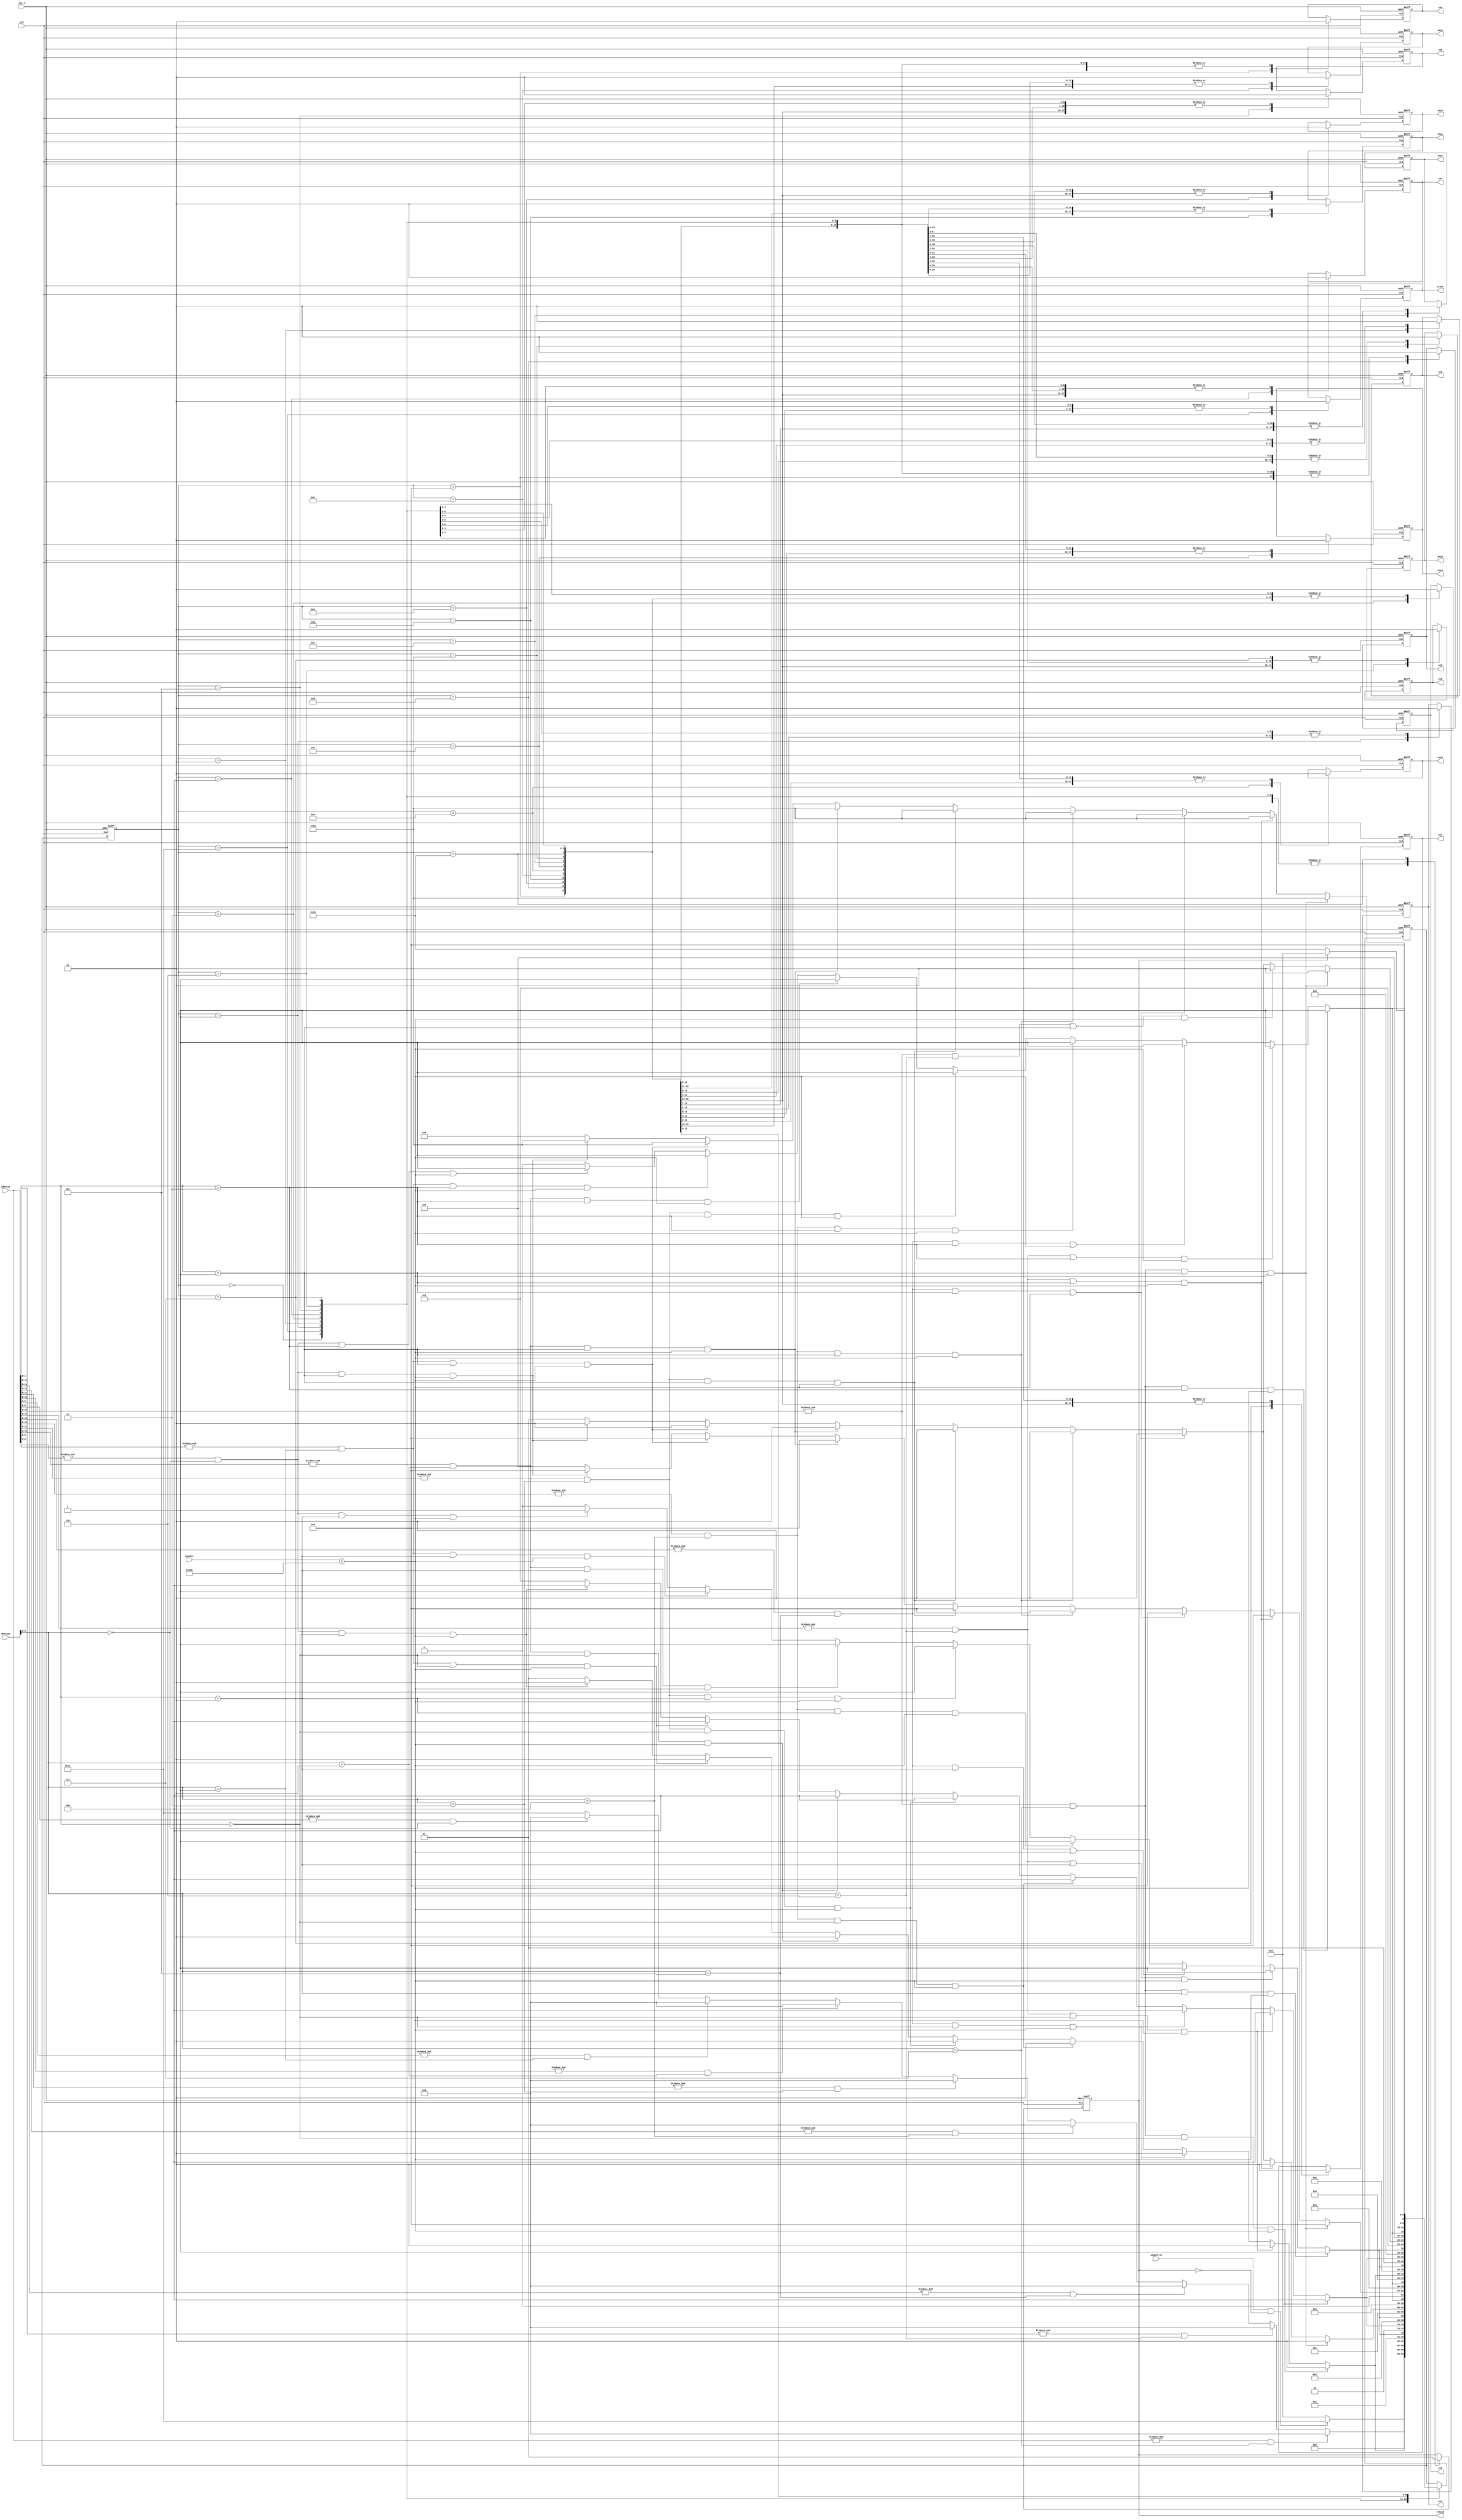
//`timescale 1ns/1ps
module apnpsf_controller (clk,
                          rst_n,
                          apnpsf_en,
                          memtype,
                          address,
                          counter,
                          start,
                          en1,
                          en2,
                          en3,
                          en4,
                          en5,
                          en6,
                          en7,
                          en8,
                          en9,
                          en10,
                          en11,
                          en12,
                          en13,
                          en14,
                          en15,
                          en16,
                          finish);

parameter ADDR_WIDTH = 16; // parameter ADDR_WIDTH_111
parameter ADDR_WIDTH_110 = 15;
parameter ADDR_WIDTH_101 = 14;
parameter ADDR_WIDTH_100 = 13;
parameter ADDR_WIDTH_011 = 12;
parameter ADDR_WIDTH_010 = 11;
parameter ADDR_WIDTH_001 = 10;
parameter ADDR_WIDTH_000 = 9;


input clk;
input rst_n;
input apnpsf_en;

input [ADDR_WIDTH-1:0] address;
input [8:0] counter;
input [4:0] memtype;

output start,
       en1,
       en2,
       en3,
       en4,
       en5,
       en6,
       en7,
       en8,
       en9,
       en10,
       en11,
       en12,
       en13,
       en14,
       en15,
       en16,
       finish;
       
parameter INITIAL = 5'h00;
parameter START = 5'h12;
parameter G1_A1 = 5'h01;
parameter G1_A2 = 5'h02;
parameter G1_B1 = 5'h03;
parameter G1_B2 = 5'h04;
parameter G1_C1 = 5'h05;
parameter G1_C2 = 5'h06;
parameter G1_D1 = 5'h07;
parameter G1_D2 = 5'h08;
parameter G2_A1 = 5'h09;
parameter G2_A2 = 5'h0A;
parameter G2_B1 = 5'h0B;
parameter G2_B2 = 5'h0C;
parameter G2_C1 = 5'h0D;
parameter G2_C2 = 5'h0E;
parameter G2_D1 = 5'h0F;
parameter G2_D2 = 5'h10;
parameter FINISH = 5'h11;

wire clk;
wire rst_n;
wire apnpsf_en;
wire [ADDR_WIDTH-1:0] address;
wire [8:0] counter;
wire [4:0] memtype;

reg [4:0] apnpsf_state;
reg [4:0] next_apnpsf;
reg start, en1, en2, en3, en4, en5, en6, en7, en8, en9, en10, en11, en12, en13, en14, en15, en16, finish;

//APNPSF STATE MACHINE TO CONTROL
always@(posedge clk or negedge rst_n) begin
    if (!rst_n) begin
        apnpsf_state <= INITIAL;
    end
    else begin
        apnpsf_state <= next_apnpsf;
    end
end

//APNPSF STATE MACHINE
always @(posedge clk or negedge rst_n) begin
    if (!rst_n) begin
        next_apnpsf <= INITIAL;
    end
    else begin
    case (apnpsf_state)
   
    INITIAL: begin
        if (apnpsf_en & (~finish)) begin
            next_apnpsf <= START;
        end
        else begin
            next_apnpsf <= INITIAL;
        end
    end

    START: begin
        if ((&address[ADDR_WIDTH-1:0])& (memtype[4:2] ==3'b111)) begin    // begin when 1101
            next_apnpsf <= G1_A1;
        end
        else if ((&address[ADDR_WIDTH_110-1:0])& (memtype[4:2] ==3'b110)) begin    // begin when 1101
            next_apnpsf <= G1_A1;
        end
        else if ((&address[ADDR_WIDTH_101-1:0])& (memtype[4:2] ==3'b101)) begin    // begin when 1101
            next_apnpsf <= G1_A1;
        end
        else if ((&address[ADDR_WIDTH_100-1:0])& (memtype[4:2] ==3'b100)) begin    // begin when 1101
            next_apnpsf <= G1_A1;
        end
        else if ((&address[ADDR_WIDTH_011-1:0])& (memtype[4:2] ==3'b011)) begin    // begin when 1101
            next_apnpsf <= G1_A1;
        end
        else if ((&address[ADDR_WIDTH_010-1:0])& (memtype[4:2] ==3'b010)) begin    // begin when 1101
            next_apnpsf <= G1_A1;
        end
        else if ((&address[ADDR_WIDTH_001-1:0])& (memtype[4:2] ==3'b001)) begin    // begin when 1101
            next_apnpsf <= G1_A1;
        end
        else if ((&address[ADDR_WIDTH_000-1:0])& (memtype[4:2] ==3'b000)) begin    // begin when 1101
            next_apnpsf <= G1_A1;
        end
        else begin
            next_apnpsf <= START;
        end
    end

    G1_A1: begin
        if (((&address[ADDR_WIDTH-1:2])&(memtype[4:2]==3'b111)) & (address[1:0] == 2'b00) & (counter > 9'h19E)) begin   // begin when 1100 & 8'h90
            next_apnpsf <= G1_A2;        
        end
        else if (((&address[ADDR_WIDTH_110-1:2])&(memtype[4:2]==3'b110)) & (address[1:0] == 2'b00) & (counter > 9'h19E)) begin   // begin when 1100 & 8'h90
            next_apnpsf <= G1_A2;        
        end
        else if (((&address[ADDR_WIDTH_101-1:2])&(memtype[4:2]==3'b101)) & (address[1:0] == 2'b00) & (counter > 9'h19E)) begin   // begin when 1100 & 8'h90
            next_apnpsf <= G1_A2;        
        end
        else if (((&address[ADDR_WIDTH_100-1:2])&(memtype[4:2]==3'b100)) & (address[1:0] == 2'b00) & (counter > 9'h19E)) begin   // begin when 1100 & 8'h90
            next_apnpsf <= G1_A2;        
        end
        else if (((&address[ADDR_WIDTH_011-1:2])&(memtype[4:2]==3'b011)) & (address[1:0] == 2'b00) & (counter > 9'h19E)) begin   // begin when 1100 & 8'h90
            next_apnpsf <= G1_A2;        
        end
        else if (((&address[ADDR_WIDTH_010-1:2])&(memtype[4:2]==3'b010)) & (address[1:0] == 2'b00) & (counter > 9'h19E)) begin   // begin when 1100 & 8'h90
            next_apnpsf <= G1_A2;        
        end
        else if (((&address[ADDR_WIDTH_001-1:2])&(memtype[4:2]==3'b001)) & (address[1:0] == 2'b00) & (counter > 9'h19E)) begin   // begin when 1100 & 8'h90
            next_apnpsf <= G1_A2;        
        end
        else if (((&address[ADDR_WIDTH_000-1:2])&(memtype[4:2]==3'b000)) & (address[1:0] == 2'b00) & (counter > 9'h19E)) begin   // begin when 1100 & 8'h90
            next_apnpsf <= G1_A2;        
        end
        else begin
            next_apnpsf <= G1_A1;
        end
    end 
     
    G1_A2: begin
        if (((&address[ADDR_WIDTH-1:2])&(memtype[4:2]==3'b111)) & (address[1:0] == 2'b10) & (counter > 9'h19E)) begin   // begin when 1110 & 8'h90
            next_apnpsf <= G1_B1;        
        end
        else if (((&address[ADDR_WIDTH_110-1:2])&(memtype[4:2]==3'b110)) & (address[1:0] == 2'b10) & (counter > 9'h19E)) begin   // begin when 1110 & 8'h90
            next_apnpsf <= G1_B1;        
        end
        else if (((&address[ADDR_WIDTH_101-1:2])&(memtype[4:2]==3'b101)) & (address[1:0] == 2'b10) & (counter > 9'h19E)) begin   // begin when 1110 & 8'h90
            next_apnpsf <= G1_B1;        
        end
        else if (((&address[ADDR_WIDTH_100-1:2])&(memtype[4:2]==3'b100)) & (address[1:0] == 2'b10) & (counter > 9'h19E)) begin   // begin when 1110 & 8'h90
            next_apnpsf <= G1_B1;        
        end
        else if (((&address[ADDR_WIDTH_011-1:2])&(memtype[4:2]==3'b011)) & (address[1:0] == 2'b10) & (counter > 9'h19E)) begin   // begin when 1110 & 8'h90
            next_apnpsf <= G1_B1;        
        end
        else if (((&address[ADDR_WIDTH_010-1:2])&(memtype[4:2]==3'b010)) & (address[1:0] == 2'b10) & (counter > 9'h19E)) begin   // begin when 1110 & 8'h90
            next_apnpsf <= G1_B1;        
        end
        else if (((&address[ADDR_WIDTH_001-1:2])&(memtype[4:2]==3'b001)) & (address[1:0] == 2'b10) & (counter > 9'h19E)) begin   // begin when 1110 & 8'h90
            next_apnpsf <= G1_B1;        
        end
        else if (((&address[ADDR_WIDTH_000-1:2])&(memtype[4:2]==3'b000)) & (address[1:0] == 2'b10) & (counter > 9'h19E)) begin   // begin when 1110 & 8'h90
            next_apnpsf <= G1_B1;        
        end
        else begin
            next_apnpsf <= G1_A2;
        end
    end  
    
    G1_B1: begin
        if (((&address[ADDR_WIDTH-1:2])&(memtype[4:2]==3'b111)) & (address[1:0] == 2'b00) & (counter > 9'h19E)) begin   // begin when 1100 & 8'h90
            next_apnpsf <= G1_B2;        
        end
        else if (((&address[ADDR_WIDTH_110-1:2])&(memtype[4:2]==3'b110)) & (address[1:0] == 2'b00) & (counter > 9'h19E)) begin   // begin when 1100 & 8'h90
            next_apnpsf <= G1_B2;        
        end
        else if (((&address[ADDR_WIDTH_101-1:2])&(memtype[4:2]==3'b101)) & (address[1:0] == 2'b00) & (counter > 9'h19E)) begin   // begin when 1100 & 8'h90
            next_apnpsf <= G1_B2;        
        end
        else if (((&address[ADDR_WIDTH_100-1:2])&(memtype[4:2]==3'b100)) & (address[1:0] == 2'b00) & (counter > 9'h19E)) begin   // begin when 1100 & 8'h90
            next_apnpsf <= G1_B2;        
        end
        else if (((&address[ADDR_WIDTH_011-1:2])&(memtype[4:2]==3'b011)) & (address[1:0] == 2'b00) & (counter > 9'h19E)) begin   // begin when 1100 & 8'h90
            next_apnpsf <= G1_B2;        
        end
        else if (((&address[ADDR_WIDTH_010-1:2])&(memtype[4:2]==3'b010)) & (address[1:0] == 2'b00) & (counter > 9'h19E)) begin   // begin when 1100 & 8'h90
            next_apnpsf <= G1_B2;        
        end
        else if (((&address[ADDR_WIDTH_001-1:2])&(memtype[4:2]==3'b001)) & (address[1:0] == 2'b00) & (counter > 9'h19E)) begin   // begin when 1100 & 8'h90
            next_apnpsf <= G1_B2;        
        end
        else if (((&address[ADDR_WIDTH_000-1:2])&(memtype[4:2]==3'b000)) & (address[1:0] == 2'b00) & (counter > 9'h19E)) begin   // begin when 1100 & 8'h90
            next_apnpsf <= G1_B2;        
        end
        else begin
            next_apnpsf <= G1_B1;
        end
    end
    
    G1_B2: begin
        if (((&address[ADDR_WIDTH-1:2])&(memtype[4:2]==3'b111)) & (address[1:0] == 2'b10) & (counter > 9'h19E)) begin   // begin when 1110 & 8'h90
            next_apnpsf <= G1_C1;        
        end
        else if (((&address[ADDR_WIDTH_110-1:2])&(memtype[4:2]==3'b110)) & (address[1:0] == 2'b10) & (counter > 9'h19E)) begin   // begin when 1110 & 8'h90
            next_apnpsf <= G1_C1;        
        end
        else if (((&address[ADDR_WIDTH_101-1:2])&(memtype[4:2]==3'b101)) & (address[1:0] == 2'b10) & (counter > 9'h19E)) begin   // begin when 1110 & 8'h90
            next_apnpsf <= G1_C1;        
        end
        else if (((&address[ADDR_WIDTH_100-1:2])&(memtype[4:2]==3'b100)) & (address[1:0] == 2'b10) & (counter > 9'h19E)) begin   // begin when 1110 & 8'h90
            next_apnpsf <= G1_C1;        
        end
        else if (((&address[ADDR_WIDTH_011-1:2])&(memtype[4:2]==3'b011)) & (address[1:0] == 2'b10) & (counter > 9'h19E)) begin   // begin when 1110 & 8'h90
            next_apnpsf <= G1_C1;        
        end
        else if (((&address[ADDR_WIDTH_010-1:2])&(memtype[4:2]==3'b010)) & (address[1:0] == 2'b10) & (counter > 9'h19E)) begin   // begin when 1110 & 8'h90
            next_apnpsf <= G1_C1;        
        end
        else if (((&address[ADDR_WIDTH_001-1:2])&(memtype[4:2]==3'b001)) & (address[1:0] == 2'b10) & (counter > 9'h19E)) begin   // begin when 1110 & 8'h90
            next_apnpsf <= G1_C1;        
        end
        else if (((&address[ADDR_WIDTH_000-1:2])&(memtype[4:2]==3'b000)) & (address[1:0] == 2'b10) & (counter > 9'h19E)) begin   // begin when 1110 & 8'h90
            next_apnpsf <= G1_C1;        
        end
        else begin
            next_apnpsf <= G1_B2;
        end
    end
    
    G1_C1: begin
        if (((&address[ADDR_WIDTH-1:2])&(memtype[4:2]==3'b111)) & (address[1:0] == 2'b01) & (counter > 9'h19E)) begin   // begin when 1101 & 8'h90
            next_apnpsf <= G1_C2;        
        end
        else if (((&address[ADDR_WIDTH_110-1:2])&(memtype[4:2]==3'b110)) & (address[1:0] == 2'b01) & (counter > 9'h19E)) begin   // begin when 1101 & 8'h90
            next_apnpsf <= G1_C2;        
        end
        else if (((&address[ADDR_WIDTH_101-1:2])&(memtype[4:2]==3'b101)) & (address[1:0] == 2'b01) & (counter > 9'h19E)) begin   // begin when 1101 & 8'h90
            next_apnpsf <= G1_C2;        
        end
        else if (((&address[ADDR_WIDTH_100-1:2])&(memtype[4:2]==3'b100)) & (address[1:0] == 2'b01) & (counter > 9'h19E)) begin   // begin when 1101 & 8'h90
            next_apnpsf <= G1_C2;        
        end
        else if (((&address[ADDR_WIDTH_011-1:2])&(memtype[4:2]==3'b011)) & (address[1:0] == 2'b01) & (counter > 9'h19E)) begin   // begin when 1101 & 8'h90
            next_apnpsf <= G1_C2;        
        end
        else if (((&address[ADDR_WIDTH_010-1:2])&(memtype[4:2]==3'b010)) & (address[1:0] == 2'b01) & (counter > 9'h19E)) begin   // begin when 1101 & 8'h90
            next_apnpsf <= G1_C2;        
        end
        else if (((&address[ADDR_WIDTH_001-1:2])&(memtype[4:2]==3'b001)) & (address[1:0] == 2'b01) & (counter > 9'h19E)) begin   // begin when 1101 & 8'h90
            next_apnpsf <= G1_C2;        
        end
        else if (((&address[ADDR_WIDTH_000-1:2])&(memtype[4:2]==3'b000)) & (address[1:0] == 2'b01) & (counter > 9'h19E)) begin   // begin when 1101 & 8'h90
            next_apnpsf <= G1_C2;        
        end
        else begin
            next_apnpsf <= G1_C1;
        end
    end
    
    G1_C2: begin
        if (((&address[ADDR_WIDTH-1:2])&(memtype[4:2]==3'b111)) & (address[1:0] == 2'b11) & (counter > 9'h19E)) begin   // begin when 1111 & 8'h90
            next_apnpsf <= G1_D1;        
        end
        else if (((&address[ADDR_WIDTH_110-1:2])&(memtype[4:2]==3'b110)) & (address[1:0] == 2'b11) & (counter > 9'h19E)) begin   // begin when 1111 & 8'h90
            next_apnpsf <= G1_D1;        
        end
        else if (((&address[ADDR_WIDTH_101-1:2])&(memtype[4:2]==3'b101)) & (address[1:0] == 2'b11) & (counter > 9'h19E)) begin   // begin when 1111 & 8'h90
            next_apnpsf <= G1_D1;        
        end
        else if (((&address[ADDR_WIDTH_100-1:2])&(memtype[4:2]==3'b100)) & (address[1:0] == 2'b11) & (counter > 9'h19E)) begin   // begin when 1111 & 8'h90
            next_apnpsf <= G1_D1;        
        end
        else if (((&address[ADDR_WIDTH_011-1:2])&(memtype[4:2]==3'b011)) & (address[1:0] == 2'b11) & (counter > 9'h19E)) begin   // begin when 1111 & 8'h90
            next_apnpsf <= G1_D1;        
        end
        else if (((&address[ADDR_WIDTH_010-1:2])&(memtype[4:2]==3'b010)) & (address[1:0] == 2'b11) & (counter > 9'h19E)) begin   // begin when 1111 & 8'h90
            next_apnpsf <= G1_D1;        
        end
        else if (((&address[ADDR_WIDTH_001-1:2])&(memtype[4:2]==3'b001)) & (address[1:0] == 2'b11) & (counter > 9'h19E)) begin   // begin when 1111 & 8'h90
            next_apnpsf <= G1_D1;        
        end
        else if (((&address[ADDR_WIDTH_000-1:2])&(memtype[4:2]==3'b000)) & (address[1:0] == 2'b11) & (counter > 9'h19E)) begin   // begin when 1111 & 8'h90
            next_apnpsf <= G1_D1;        
        end
        else begin
            next_apnpsf <= G1_C2;
        end
    end
	  
    G1_D1: begin
        if (((&address[ADDR_WIDTH-1:2])&(memtype[4:2]==3'b111)) & (address[1:0] == 2'b01) & (counter > 9'h19E)) begin   // begin when 1101 & 8'h90
            next_apnpsf <= G1_D2;        
        end
        else if (((&address[ADDR_WIDTH_110-1:2])&(memtype[4:2]==3'b110)) & (address[1:0] == 2'b01) & (counter > 9'h19E)) begin   // begin when 1101 & 8'h90
            next_apnpsf <= G1_D2;        
        end
        else if (((&address[ADDR_WIDTH_101-1:2])&(memtype[4:2]==3'b101)) & (address[1:0] == 2'b01) & (counter > 9'h19E)) begin   // begin when 1101 & 8'h90
            next_apnpsf <= G1_D2;        
        end
        else if (((&address[ADDR_WIDTH_100-1:2])&(memtype[4:2]==3'b100)) & (address[1:0] == 2'b01) & (counter > 9'h19E)) begin   // begin when 1101 & 8'h90
            next_apnpsf <= G1_D2;        
        end
        else if (((&address[ADDR_WIDTH_011-1:2])&(memtype[4:2]==3'b011)) & (address[1:0] == 2'b01) & (counter > 9'h19E)) begin   // begin when 1101 & 8'h90
            next_apnpsf <= G1_D2;        
        end
        else if (((&address[ADDR_WIDTH_010-1:2])&(memtype[4:2]==3'b010)) & (address[1:0] == 2'b01) & (counter > 9'h19E)) begin   // begin when 1101 & 8'h90
            next_apnpsf <= G1_D2;        
        end
        else if (((&address[ADDR_WIDTH_001-1:2])&(memtype[4:2]==3'b001)) & (address[1:0] == 2'b01) & (counter > 9'h19E)) begin   // begin when 1101 & 8'h90
            next_apnpsf <= G1_D2;        
        end
        else if (((&address[ADDR_WIDTH_000-1:2])&(memtype[4:2]==3'b000)) & (address[1:0] == 2'b01) & (counter > 9'h19E)) begin   // begin when 1101 & 8'h90
            next_apnpsf <= G1_D2;        
        end
        else begin
            next_apnpsf <= G1_D1;
        end
    end
		
    G1_D2: begin
        if (((&address[ADDR_WIDTH-1:2])&(memtype[4:2]==3'b111)) & (address[1:0] == 2'b11) & (counter > 9'h19E)) begin   // begin when 1111 & 8'h90
            next_apnpsf <= G2_A1;        
        end
        else if (((&address[ADDR_WIDTH_110-1:2])&(memtype[4:2]==3'b110)) & (address[1:0] == 2'b11) & (counter > 9'h19E)) begin   // begin when 1111 & 8'h90
            next_apnpsf <= G2_A1;        
        end
        else if (((&address[ADDR_WIDTH_101-1:2])&(memtype[4:2]==3'b101)) & (address[1:0] == 2'b11) & (counter > 9'h19E)) begin   // begin when 1111 & 8'h90
            next_apnpsf <= G2_A1;        
        end
        else if (((&address[ADDR_WIDTH_100-1:2])&(memtype[4:2]==3'b100)) & (address[1:0] == 2'b11) & (counter > 9'h19E)) begin   // begin when 1111 & 8'h90
            next_apnpsf <= G2_A1;        
        end
        else if (((&address[ADDR_WIDTH_011-1:2])&(memtype[4:2]==3'b011)) & (address[1:0] == 2'b11) & (counter > 9'h19E)) begin   // begin when 1111 & 8'h90
            next_apnpsf <= G2_A1;        
        end
        else if (((&address[ADDR_WIDTH_010-1:2])&(memtype[4:2]==3'b010)) & (address[1:0] == 2'b11) & (counter > 9'h19E)) begin   // begin when 1111 & 8'h90
            next_apnpsf <= G2_A1;        
        end
        else if (((&address[ADDR_WIDTH_001-1:2])&(memtype[4:2]==3'b001)) & (address[1:0] == 2'b11) & (counter > 9'h19E)) begin   // begin when 1111 & 8'h90
            next_apnpsf <= G2_A1;        
        end
        else if (((&address[ADDR_WIDTH_000-1:2])&(memtype[4:2]==3'b000)) & (address[1:0] == 2'b11) & (counter > 9'h19E)) begin   // begin when 1111 & 8'h90
            next_apnpsf <= G2_A1;        
        end
        else begin
            next_apnpsf <= G1_D2;
        end
    end
		
    G2_A1: begin
        if (((&address[ADDR_WIDTH-1:2])&(memtype[4:2]==3'b111)) & (address[1:0] == 2'b00) & (counter > 9'h19E)) begin   // begin when 1100 & 8'h90
            next_apnpsf <= G2_A2;        
        end
        else if (((&address[ADDR_WIDTH_110-1:2])&(memtype[4:2]==3'b110)) & (address[1:0] == 2'b00) & (counter > 9'h19E)) begin   // begin when 1100 & 8'h90
            next_apnpsf <= G2_A2;        
        end
        else if (((&address[ADDR_WIDTH_101-1:2])&(memtype[4:2]==3'b101)) & (address[1:0] == 2'b00) & (counter > 9'h19E)) begin   // begin when 1100 & 8'h90
            next_apnpsf <= G2_A2;        
        end
        else if (((&address[ADDR_WIDTH_100-1:2])&(memtype[4:2]==3'b100)) & (address[1:0] == 2'b00) & (counter > 9'h19E)) begin   // begin when 1100 & 8'h90
            next_apnpsf <= G2_A2;        
        end
        else if (((&address[ADDR_WIDTH_011-1:2])&(memtype[4:2]==3'b011)) & (address[1:0] == 2'b00) & (counter > 9'h19E)) begin   // begin when 1100 & 8'h90
            next_apnpsf <= G2_A2;        
        end
        else if (((&address[ADDR_WIDTH_010-1:2])&(memtype[4:2]==3'b010)) & (address[1:0] == 2'b00) & (counter > 9'h19E)) begin   // begin when 1100 & 8'h90
            next_apnpsf <= G2_A2;        
        end
        else if (((&address[ADDR_WIDTH_001-1:2])&(memtype[4:2]==3'b001)) & (address[1:0] == 2'b00) & (counter > 9'h19E)) begin   // begin when 1100 & 8'h90
            next_apnpsf <= G2_A2;        
        end
        else if (((&address[ADDR_WIDTH_000-1:2])&(memtype[4:2]==3'b000)) & (address[1:0] == 2'b00) & (counter > 9'h19E)) begin   // begin when 1100 & 8'h90
            next_apnpsf <= G2_A2;        
        end
        else begin
            next_apnpsf <= G2_A1;
        end
    end
 
    G2_A2: begin
        if (((&address[ADDR_WIDTH-1:2])&(memtype[4:2]==3'b111)) & (address[1:0] == 2'b10) & (counter > 9'h19E)) begin   // begin when 1110 & 8'h90
            next_apnpsf <= G2_B1;        
        end
        else if (((&address[ADDR_WIDTH_110-1:2])&(memtype[4:2]==3'b110)) & (address[1:0] == 2'b10) & (counter > 9'h19E)) begin   // begin when 1110 & 8'h90
            next_apnpsf <= G2_B1;        
        end
        else if (((&address[ADDR_WIDTH_101-1:2])&(memtype[4:2]==3'b101)) & (address[1:0] == 2'b10) & (counter > 9'h19E)) begin   // begin when 1110 & 8'h90
            next_apnpsf <= G2_B1;        
        end
        else if (((&address[ADDR_WIDTH_100-1:2])&(memtype[4:2]==3'b100)) & (address[1:0] == 2'b10) & (counter > 9'h19E)) begin   // begin when 1110 & 8'h90
            next_apnpsf <= G2_B1;        
        end
        else if (((&address[ADDR_WIDTH_011-1:2])&(memtype[4:2]==3'b011)) & (address[1:0] == 2'b10) & (counter > 9'h19E)) begin   // begin when 1110 & 8'h90
            next_apnpsf <= G2_B1;        
        end
        else if (((&address[ADDR_WIDTH_010-1:2])&(memtype[4:2]==3'b010)) & (address[1:0] == 2'b10) & (counter > 9'h19E)) begin   // begin when 1110 & 8'h90
            next_apnpsf <= G2_B1;        
        end
        else if (((&address[ADDR_WIDTH_001-1:2])&(memtype[4:2]==3'b001)) & (address[1:0] == 2'b10) & (counter > 9'h19E)) begin   // begin when 1110 & 8'h90
            next_apnpsf <= G2_B1;        
        end
        else if (((&address[ADDR_WIDTH_000-1:2])&(memtype[4:2]==3'b000)) & (address[1:0] == 2'b10) & (counter > 9'h19E)) begin   // begin when 1110 & 8'h90
            next_apnpsf <= G2_B1;        
        end
        else begin
            next_apnpsf <= G2_A2;
        end
    end
  
    G2_B1: begin
        if (((&address[ADDR_WIDTH-1:2])&(memtype[4:2]==3'b111)) & (address[1:0] == 2'b00) & (counter > 9'h19E)) begin   // begin when 1100 & 8'h90
            next_apnpsf <= G2_B2;        
        end
        else if (((&address[ADDR_WIDTH_110-1:2])&(memtype[4:2]==3'b110)) & (address[1:0] == 2'b00) & (counter > 9'h19E)) begin   // begin when 1100 & 8'h90
            next_apnpsf <= G2_B2;        
        end
        else if (((&address[ADDR_WIDTH_101-1:2])&(memtype[4:2]==3'b101)) & (address[1:0] == 2'b00) & (counter > 9'h19E)) begin   // begin when 1100 & 8'h90
            next_apnpsf <= G2_B2;        
        end
        else if (((&address[ADDR_WIDTH_100-1:2])&(memtype[4:2]==3'b100)) & (address[1:0] == 2'b00) & (counter > 9'h19E)) begin   // begin when 1100 & 8'h90
            next_apnpsf <= G2_B2;        
        end
        else if (((&address[ADDR_WIDTH_011-1:2])&(memtype[4:2]==3'b011)) & (address[1:0] == 2'b00) & (counter > 9'h19E)) begin   // begin when 1100 & 8'h90
            next_apnpsf <= G2_B2;        
        end
        else if (((&address[ADDR_WIDTH_010-1:2])&(memtype[4:2]==3'b010)) & (address[1:0] == 2'b00) & (counter > 9'h19E)) begin   // begin when 1100 & 8'h90
            next_apnpsf <= G2_B2;        
        end
        else if (((&address[ADDR_WIDTH_001-1:2])&(memtype[4:2]==3'b001)) & (address[1:0] == 2'b00) & (counter > 9'h19E)) begin   // begin when 1100 & 8'h90
            next_apnpsf <= G2_B2;        
        end
        else if (((&address[ADDR_WIDTH_000-1:2])&(memtype[4:2]==3'b000)) & (address[1:0] == 2'b00) & (counter > 9'h19E)) begin   // begin when 1100 & 8'h90
            next_apnpsf <= G2_B2;        
        end
        else begin
            next_apnpsf <= G2_B1;
        end
    end
  
    G2_B2: begin
        if (((&address[ADDR_WIDTH-1:2])&(memtype[4:2]==3'b111)) & (address[1:0] == 2'b10) & (counter > 9'h19E)) begin   // begin when 1110 & 8'h90
            next_apnpsf <= G2_C1;        
        end
        else if (((&address[ADDR_WIDTH_110-1:2])&(memtype[4:2]==3'b110)) & (address[1:0] == 2'b10) & (counter > 9'h19E)) begin   // begin when 1110 & 8'h90
            next_apnpsf <= G2_C1;        
        end
        else if (((&address[ADDR_WIDTH_101-1:2])&(memtype[4:2]==3'b101)) & (address[1:0] == 2'b10) & (counter > 9'h19E)) begin   // begin when 1110 & 8'h90
            next_apnpsf <= G2_C1;        
        end
        else if (((&address[ADDR_WIDTH_100-1:2])&(memtype[4:2]==3'b100)) & (address[1:0] == 2'b10) & (counter > 9'h19E)) begin   // begin when 1110 & 8'h90
            next_apnpsf <= G2_C1;        
        end
        else if (((&address[ADDR_WIDTH_011-1:2])&(memtype[4:2]==3'b011)) & (address[1:0] == 2'b10) & (counter > 9'h19E)) begin   // begin when 1110 & 8'h90
            next_apnpsf <= G2_C1;        
        end
        else if (((&address[ADDR_WIDTH_010-1:2])&(memtype[4:2]==3'b010)) & (address[1:0] == 2'b10) & (counter > 9'h19E)) begin   // begin when 1110 & 8'h90
            next_apnpsf <= G2_C1;        
        end
        else if (((&address[ADDR_WIDTH_001-1:2])&(memtype[4:2]==3'b001)) & (address[1:0] == 2'b10) & (counter > 9'h19E)) begin   // begin when 1110 & 8'h90
            next_apnpsf <= G2_C1;        
        end
        else if (((&address[ADDR_WIDTH_000-1:2])&(memtype[4:2]==3'b000)) & (address[1:0] == 2'b10) & (counter > 9'h19E)) begin   // begin when 1110 & 8'h90
            next_apnpsf <= G2_C1;        
        end
        else begin
            next_apnpsf <= G2_B2;
        end
    end  

    G2_C1: begin

        if (((&address[ADDR_WIDTH-1:2])&(memtype[4:2]==3'b111)) & (address[1:0] == 2'b01) & (counter > 9'h19E)) begin   // begin when 1101 & 8'h90
            next_apnpsf <= G2_C2;        
        end
        else if (((&address[ADDR_WIDTH_110:2])&(memtype[4:2]==3'b110)) & (address[1:0] == 2'b01) & (counter > 9'h19E)) begin   // begin when 1101 & 8'h90
            next_apnpsf <= G2_C2;        
        end
        else if (((&address[ADDR_WIDTH_101-1:2])&(memtype[4:2]==3'b101)) & (address[1:0] == 2'b01) & (counter > 9'h19E)) begin   // begin when 1101 & 8'h90
            next_apnpsf <= G2_C2;        
        end
        else if (((&address[ADDR_WIDTH_100-1:2])&(memtype[4:2]==3'b100)) & (address[1:0] == 2'b01) & (counter > 9'h19E)) begin   // begin when 1101 & 8'h90
            next_apnpsf <= G2_C2;        
        end
        else if (((&address[ADDR_WIDTH_011-1:2])&(memtype[4:2]==3'b011)) & (address[1:0] == 2'b01) & (counter > 9'h19E)) begin   // begin when 1101 & 8'h90
            next_apnpsf <= G2_C2;        
        end
        else if (((&address[ADDR_WIDTH_010-1:2])&(memtype[4:2]==3'b010)) & (address[1:0] == 2'b01) & (counter > 9'h19E)) begin   // begin when 1101 & 8'h90
            next_apnpsf <= G2_C2;        
        end
        else if (((&address[ADDR_WIDTH_001-1:2])&(memtype[4:2]==3'b001)) & (address[1:0] == 2'b01) & (counter > 9'h19E)) begin   // begin when 1101 & 8'h90
            next_apnpsf <= G2_C2;        
        end
        else if (((&address[ADDR_WIDTH_000-1:2])&(memtype[4:2]==3'b000)) & (address[1:0] == 2'b01) & (counter > 9'h19E)) begin   // begin when 1101 & 8'h90
            next_apnpsf <= G2_C2;        
        end
        else begin
            next_apnpsf <= G2_C1;
        end
    end  

    G2_C2: begin
        if (((&address[ADDR_WIDTH-1:2])&(memtype[4:2]==3'b111)) & (address[1:0] == 2'b11) & (counter > 9'h19E)) begin   // begin when 1111 & 8'h90
            next_apnpsf <= G2_D1;        
        end
        else if (((&address[ADDR_WIDTH_110-1:2])&(memtype[4:2]==3'b110)) & (address[1:0] == 2'b11) & (counter > 9'h19E)) begin   // begin when 1111 & 8'h90
            next_apnpsf <= G2_D1;        
        end
        else if (((&address[ADDR_WIDTH_101-1:2])&(memtype[4:2]==3'b101)) & (address[1:0] == 2'b11) & (counter > 9'h19E)) begin   // begin when 1111 & 8'h90
            next_apnpsf <= G2_D1;        
        end
        else if (((&address[ADDR_WIDTH_100-1:2])&(memtype[4:2]==3'b100)) & (address[1:0] == 2'b11) & (counter > 9'h19E)) begin   // begin when 1111 & 8'h90
            next_apnpsf <= G2_D1;        
        end
        else if (((&address[ADDR_WIDTH_011-1:2])&(memtype[4:2]==3'b011)) & (address[1:0] == 2'b11) & (counter > 9'h19E)) begin   // begin when 1111 & 8'h90
            next_apnpsf <= G2_D1;        
        end
        else if (((&address[ADDR_WIDTH_010-1:2])&(memtype[4:2]==3'b010)) & (address[1:0] == 2'b11) & (counter > 9'h19E)) begin   // begin when 1111 & 8'h90
            next_apnpsf <= G2_D1;        
        end
        else if (((&address[ADDR_WIDTH_001-1:2])&(memtype[4:2]==3'b001)) & (address[1:0] == 2'b11) & (counter > 9'h19E)) begin   // begin when 1111 & 8'h90
            next_apnpsf <= G2_D1;        
        end
        else if (((&address[ADDR_WIDTH_000-1:2])&(memtype[4:2]==3'b000)) & (address[1:0] == 2'b11) & (counter > 9'h19E)) begin   // begin when 1111 & 8'h90
            next_apnpsf <= G2_D1;        
        end
        else begin
            next_apnpsf <= G2_C2;
        end
    end
  
    G2_D1: begin
        if (((&address[ADDR_WIDTH-1:2])&(memtype[4:2]==3'b111)) & (address[1:0] == 2'b01) & (counter > 9'h19E)) begin   // begin when 1101 & 8'h90
            next_apnpsf <= G2_D2;        
        end
        else if (((&address[ADDR_WIDTH_110-1:2])&(memtype[4:2]==3'b110)) & (address[1:0] == 2'b01) & (counter > 9'h19E)) begin   // begin when 1101 & 8'h90
            next_apnpsf <= G2_D2;        
        end
        else if (((&address[ADDR_WIDTH_101-1:2])&(memtype[4:2]==3'b101)) & (address[1:0] == 2'b01) & (counter > 9'h19E)) begin   // begin when 1101 & 8'h90
            next_apnpsf <= G2_D2;        
        end
        else if (((&address[ADDR_WIDTH_100-1:2])&(memtype[4:2]==3'b100)) & (address[1:0] == 2'b01) & (counter > 9'h19E)) begin   // begin when 1101 & 8'h90
            next_apnpsf <= G2_D2;        
        end
        else if (((&address[ADDR_WIDTH_011-1:2])&(memtype[4:2]==3'b011)) & (address[1:0] == 2'b01) & (counter > 9'h19E)) begin   // begin when 1101 & 8'h90
            next_apnpsf <= G2_D2;        
        end
        else if (((&address[ADDR_WIDTH_010-1:2])&(memtype[4:2]==3'b010)) & (address[1:0] == 2'b01) & (counter > 9'h19E)) begin   // begin when 1101 & 8'h90
            next_apnpsf <= G2_D2;        
        end
        else if (((&address[ADDR_WIDTH_001-1:2])&(memtype[4:2]==3'b001)) & (address[1:0] == 2'b01) & (counter > 9'h19E)) begin   // begin when 1101 & 8'h90
            next_apnpsf <= G2_D2;        
        end
        else if (((&address[ADDR_WIDTH_000-1:2])&(memtype[4:2]==3'b000)) & (address[1:0] == 2'b01) & (counter > 9'h19E)) begin   // begin when 1101 & 8'h90
            next_apnpsf <= G2_D2;        
        end
        else begin
            next_apnpsf <= G2_D1;
        end
	  end
	  
    G2_D2: begin
        if (((&address[ADDR_WIDTH-1:2])&(memtype[4:2]==3'b111)) & (address[1:0] == 2'b11) & (counter > 9'h19E)) begin   // begin when 1111 & 8'h90
            next_apnpsf <= FINISH;        
        end
        else if (((&address[ADDR_WIDTH_110-1:2])&(memtype[4:2]==3'b110)) & (address[1:0] == 2'b11) & (counter > 9'h19E)) begin   // begin when 1101 & 8'h90
            next_apnpsf <= FINISH;       
        end
        else if (((&address[ADDR_WIDTH_101-1:2])&(memtype[4:2]==3'b101)) & (address[1:0] == 2'b11) & (counter > 9'h19E)) begin   // begin when 1111 & 8'h90
            next_apnpsf <= FINISH;       
        end
        else if (((&address[ADDR_WIDTH_100-1:2])&(memtype[4:2]==3'b100)) & (address[1:0] == 2'b11) & (counter > 9'h19E)) begin   // begin when 1111 & 8'h90
            next_apnpsf <= FINISH;       
        end
        else if (((&address[ADDR_WIDTH_011-1:2])&(memtype[4:2]==3'b011)) & (address[1:0] == 2'b11) & (counter > 9'h19E)) begin   // begin when 1111 & 8'h90
            next_apnpsf <= FINISH;       
        end
        else if (((&address[ADDR_WIDTH_010-1:2])&(memtype[4:2]==3'b010)) & (address[1:0] == 2'b11) & (counter > 9'h19E)) begin   // begin when 1111 & 8'h90
            next_apnpsf <= FINISH;       
        end
        else if (((&address[ADDR_WIDTH_001-1:2])&(memtype[4:2]==3'b001)) & (address[1:0] == 2'b11) & (counter > 9'h19E)) begin   // begin when 1111 & 8'h90
            next_apnpsf <= FINISH;       
        end
        else if (((&address[ADDR_WIDTH_000-1:2])&(memtype[4:2]==3'b000)) & (address[1:0] == 2'b11) & (counter > 9'h19E)) begin   // begin when 1111 & 8'h90
            next_apnpsf <= FINISH;       
        end
        else begin
            next_apnpsf <= G2_D2;
        end
    end

    FINISH: begin
        if (finish) begin
            next_apnpsf <= INITIAL;    
        end    
        else begin
            next_apnpsf <= FINISH;
        end
    end
    
    endcase
    end
end

//APNPSF STATE MACHINE OUT
always @(posedge clk or negedge rst_n) begin
    if (!rst_n) begin
        en1 <= 1'b0;
        en2 <= 1'b0;
        en3 <= 1'b0;
   	    en4 <= 1'b0;
   	    en5 <= 1'b0;
   	    en6 <= 1'b0;
   	    en7 <= 1'b0;
   	    en8 <= 1'b0;
   	    en9 <= 1'b0;
   	    en10 <= 1'b0;
   	    en11 <= 1'b0;
   	    en12 <= 1'b0;
   	    en13 <= 1'b0;
   	    en14 <= 1'b0;
   	    en15 <= 1'b0;
   	    en16 <= 1'b0;
   	    start <= 1'b0;
   	    finish <= 1'b0;
    end
    else begin
    case (apnpsf_state)
  	
    INITIAL: begin
        en1 <= 1'b0;
        en2 <= 1'b0;
        en3 <= 1'b0;
   	    en4 <= 1'b0;
   	    en5 <= 1'b0;
   	    en6 <= 1'b0;
   	    en7 <= 1'b0;
   	    en8 <= 1'b0;
   	    en9 <= 1'b0;
   	    en10 <= 1'b0;
   	    en11 <= 1'b0;
   	    en12 <= 1'b0;
   	    en13 <= 1'b0;
   	    en14 <= 1'b0;
   	    en15 <= 1'b0;
   	    en16 <= 1'b0;
   	    start <= 1'b0;
   	    finish <= 1'b0;
    end

    START: begin
        en1 <= 1'b0;
        en2 <= 1'b0;
        en3 <= 1'b0;
   	    en4 <= 1'b0;
   	    en5 <= 1'b0;
   	    en6 <= 1'b0;
   	    en7 <= 1'b0;
   	    en8 <= 1'b0;
   	    en9 <= 1'b0;
   	    en10 <= 1'b0;
   	    en11 <= 1'b0;
   	    en12 <= 1'b0;
   	    en13 <= 1'b0;
   	    en14 <= 1'b0;
   	    en15 <= 1'b0;
   	    en16 <= 1'b0;
   	    start <= 1'b1;
   	    finish <= 1'b0;
    end
  	
    G1_A1: begin
        en1 <= 1'b1;
        en2 <= 1'b0;
        en3 <= 1'b0;
   	    en4 <= 1'b0;
   	    en5 <= 1'b0;
   	    en6 <= 1'b0;
   	    en7 <= 1'b0;
   	    en8 <= 1'b0;
        en9 <= 1'b0;
        en10 <= 1'b0;
   	    en11 <= 1'b0;
   	    en12 <= 1'b0;
   	    en13 <= 1'b0;
   	    en14 <= 1'b0;
   	    en15 <= 1'b0;
   	    en16 <= 1'b0;
   	    start <= 1'b0;
   	    finish <= 1'b0;
    end
  	
    G1_A2: begin
        en1 <= 1'b0;
        en2 <= 1'b1;
        en3 <= 1'b0;
   	    en4 <= 1'b0;
   	    en5 <= 1'b0;
   	    en6 <= 1'b0;
   	    en7 <= 1'b0;
   	    en8 <= 1'b0;
   	    en9 <= 1'b0;
   	    en10 <= 1'b0;
   	    en11 <= 1'b0;
   	    en12 <= 1'b0;
   	    en13 <= 1'b0;
   	    en14 <= 1'b0;
   	    en15 <= 1'b0;
   	    en16 <= 1'b0;
   	    start <= 1'b0;	
   	    finish <= 1'b0;
    end
  	
    G1_B1: begin
        en1 <= 1'b0;
        en2 <= 1'b0;
        en3 <= 1'b1;
   	    en4 <= 1'b0;
   	    en5 <= 1'b0;
   	    en6 <= 1'b0;
   	    en7 <= 1'b0;
   	    en8 <= 1'b0;
   	    en9 <= 1'b0;
   	    en10 <= 1'b0;
   	    en11 <= 1'b0;
   	    en12 <= 1'b0;
   	    en13 <= 1'b0;
   	    en14 <= 1'b0;
   	    en15 <= 1'b0;
   	    en16 <= 1'b0;
   	    start <= 1'b0;
   	    finish <= 1'b0;
    end
  	
    G1_B2: begin
        en1 <= 1'b0;
        en2 <= 1'b0;
        en3 <= 1'b0;
   	    en4 <= 1'b1;
   	    en5 <= 1'b0;
   	    en6 <= 1'b0;
   	    en7 <= 1'b0;
   	    en8 <= 1'b0;
   	    en9 <= 1'b0;
   	    en10 <= 1'b0;
   	    en11 <= 1'b0;
   	    en12 <= 1'b0;
   	    en13 <= 1'b0;
   	    en14 <= 1'b0;
   	    en15 <= 1'b0;
   	    en16 <= 1'b0;
   	    start <= 1'b0;
   	    finish <= 1'b0;  	   
    end
	   
    G1_C1: begin
        en1 <= 1'b0;
        en2 <= 1'b0;
        en3 <= 1'b0;
   	    en4 <= 1'b0;
   	    en5 <= 1'b1;
   	    en6 <= 1'b0;
   	    en7 <= 1'b0;
   	    en8 <= 1'b0;
   	    en9 <= 1'b0;
   	    en10 <= 1'b0;
   	    en11 <= 1'b0;
   	    en12 <= 1'b0;
   	    en13 <= 1'b0;
   	    en14 <= 1'b0;
   	    en15 <= 1'b0;
   	    en16 <= 1'b0;
   	    start <= 1'b0;
   	    finish <= 1'b0;   
    end

    G1_C2: begin
        en1 <= 1'b0;
        en2 <= 1'b0;
        en3 <= 1'b0;
   	    en4 <= 1'b0;
   	    en5 <= 1'b0;
   	    en6 <= 1'b1;
   	    en7 <= 1'b0;
   	    en8 <= 1'b0;
   	    en9 <= 1'b0;
   	    en10 <= 1'b0;
   	    en11 <= 1'b0;
   	    en12 <= 1'b0;
   	    en13 <= 1'b0;
   	    en14 <= 1'b0;
   	    en15 <= 1'b0;
   	    en16 <= 1'b0;
   	    start <= 1'b0;
   	    finish <= 1'b0;
    end

    G1_D1: begin
        en1 <= 1'b0;
        en2 <= 1'b0;
        en3 <= 1'b0;
   	    en4 <= 1'b0;
   	    en5 <= 1'b0;
   	    en6 <= 1'b0;
   	    en7 <= 1'b1;
   	    en8 <= 1'b0;
   	    en9 <= 1'b0;
   	    en10 <= 1'b0;
   	    en11 <= 1'b0;
   	    en12 <= 1'b0;
   	    en13 <= 1'b0;
   	    en14 <= 1'b0;
   	    en15 <= 1'b0;
   	    en16 <= 1'b0;
   	    start <= 1'b0;
   	    finish <= 1'b0;
    end

    G1_D2: begin
        en1 <= 1'b0;
        en2 <= 1'b0;
        en3 <= 1'b0;
   	    en4 <= 1'b0;
   	    en5 <= 1'b0;
   	    en6 <= 1'b0;
   	    en7 <= 1'b0;
   	    en8 <= 1'b1;
   	    en9 <= 1'b0;
   	    en10 <= 1'b0;
   	    en11 <= 1'b0;
   	    en12 <= 1'b0;
   	    en13 <= 1'b0;
   	    en14 <= 1'b0;
   	    en15 <= 1'b0;
   	    en16 <= 1'b0;
   	    start <= 1'b0;
   	    finish <= 1'b0;
    end

    G2_A1: begin
        en1 <= 1'b0;
        en2 <= 1'b0;
        en3 <= 1'b0;
   	    en4 <= 1'b0;
   	    en5 <= 1'b0;
   	    en6 <= 1'b0;
   	    en7 <= 1'b0;
   	    en8 <= 1'b0;
   	    en9 <= 1'b1;
   	    en10 <= 1'b0;
   	    en11 <= 1'b0;
   	    en12 <= 1'b0;
   	    en13 <= 1'b0;
   	    en14 <= 1'b0;
   	    en15 <= 1'b0;
   	    en16 <= 1'b0;
   	    start <= 1'b0;
   	    finish <= 1'b0;
    end

    G2_A2: begin
        en1 <= 1'b0;
        en2 <= 1'b0;
        en3 <= 1'b0;
   	    en4 <= 1'b0;
   	    en5 <= 1'b0;
   	    en6 <= 1'b0;
   	    en7 <= 1'b0;
   	    en8 <= 1'b0;
   	    en9 <= 1'b0;
   	    en10 <= 1'b1;
   	    en11 <= 1'b0;
   	    en12 <= 1'b0;
   	    en13 <= 1'b0;
   	    en14 <= 1'b0;
   	    en15 <= 1'b0;
   	    en16 <= 1'b0;
   	    start <= 1'b0;
   	    finish <= 1'b0;
    end

    G2_B1: begin
        en1 <= 1'b0;
        en2 <= 1'b0;
        en3 <= 1'b0;
   	    en4 <= 1'b0;
   	    en5 <= 1'b0;
   	    en6 <= 1'b0;
   	    en7 <= 1'b0;
   	    en8 <= 1'b0;
   	    en9 <= 1'b0;
   	    en10 <= 1'b0;
   	    en11 <= 1'b1;
   	    en12 <= 1'b0;
   	    en13 <= 1'b0;
   	    en14 <= 1'b0;
   	    en15 <= 1'b0;
   	    en16 <= 1'b0;
   	    start <= 1'b0;
   	    finish <= 1'b0;
    end

    G2_B2: begin
        en1 <= 1'b0;
        en2 <= 1'b0;
        en3 <= 1'b0;
   	    en4 <= 1'b0;
   	    en5 <= 1'b0;
   	    en6 <= 1'b0;
   	    en7 <= 1'b0;
   	    en8 <= 1'b0;
   	    en9 <= 1'b0;
   	    en10 <= 1'b0;
   	    en11 <= 1'b0;
   	    en12 <= 1'b1;
   	    en13 <= 1'b0;
   	    en14 <= 1'b0;
   	    en15 <= 1'b0;
   	    en16 <= 1'b0;
   	    start <= 1'b0;
   	    finish <= 1'b0;
    end

    G2_C1: begin
        en1 <= 1'b0;
        en2 <= 1'b0;
        en3 <= 1'b0;
   	    en4 <= 1'b0;
   	    en5 <= 1'b0;
   	    en6 <= 1'b0;
   	    en7 <= 1'b0;
   	    en8 <= 1'b0;
   	    en9 <= 1'b0;
   	    en10 <= 1'b0;
   	    en11 <= 1'b0;
   	    en12 <= 1'b0;
   	    en13 <= 1'b1;
   	    en14 <= 1'b0;
   	    en15 <= 1'b0;
   	    en16 <= 1'b0;
   	    start <= 1'b0;
   	    finish <= 1'b0;
    end

    G2_C2: begin
        en1 <= 1'b0;
        en2 <= 1'b0;
        en3 <= 1'b0;
   	    en4 <= 1'b0;
   	    en5 <= 1'b0;
   	    en6 <= 1'b0;
   	    en7 <= 1'b0;
   	    en8 <= 1'b0;
   	    en9 <= 1'b0;
   	    en10 <= 1'b0;
   	    en11 <= 1'b0;
   	    en12 <= 1'b0;
   	    en13 <= 1'b0;
   	    en14 <= 1'b1;
   	    en15 <= 1'b0;
   	    en16 <= 1'b0;
   	    start <= 1'b0;
   	    finish <= 1'b0;
    end

    G2_D1: begin
        en1 <= 1'b0;
        en2 <= 1'b0;
        en3 <= 1'b0;
   	    en4 <= 1'b0;
   	    en5 <= 1'b0;
   	    en6 <= 1'b0;
   	    en7 <= 1'b0;
   	    en8 <= 1'b0;
   	    en9 <= 1'b0;
   	    en10 <= 1'b0;
   	    en11 <= 1'b0;
   	    en12 <= 1'b0;
   	    en13 <= 1'b0;
   	    en14 <= 1'b0;
   	    en15 <= 1'b1;
   	    en16 <= 1'b0;
   	    start <= 1'b0;
   	    finish <= 1'b0;
    end

    G2_D2: begin
        en1 <= 1'b0;
        en2 <= 1'b0;
        en3 <= 1'b0;
   	    en4 <= 1'b0;
   	    en5 <= 1'b0;
   	    en6 <= 1'b0;
   	    en7 <= 1'b0;
   	    en8 <= 1'b0;
   	    en9 <= 1'b0;
   	    en10 <= 1'b0;
   	    en11 <= 1'b0;
   	    en12 <= 1'b0;
   	    en13 <= 1'b0;
   	    en14 <= 1'b0;
   	    en15 <= 1'b0;
   	    en16 <= 1'b1;
   	    start <= 1'b0;
   	    finish <= 1'b0;
    end

    FINISH: begin
        en1 <= 1'b0;
        en2 <= 1'b0;
        en3 <= 1'b0;
   	    en4 <= 1'b0;
   	    en5 <= 1'b0;
   	    en6 <= 1'b0;
   	    en7 <= 1'b0;
   	    en8 <= 1'b0;
   	    en9 <= 1'b0;
   	    en10 <= 1'b0;
   	    en11 <= 1'b0;
   	    en12 <= 1'b0;
   	    en13 <= 1'b0;
   	    en14 <= 1'b0;
   	    en15 <= 1'b0;
   	    en16 <= 1'b0;
        start <= 1'b0;
        finish <= 1'b1;
    end

    endcase
    end
end
    
endmodule